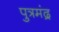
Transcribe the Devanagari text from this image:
पुत्रमंद्र